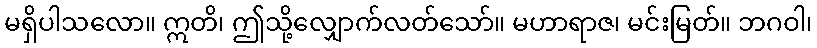
မရှိပါသလော။ ဣတိ၊ ဤသို့လျှောက်လတ်သော်။ မဟာရာဇ၊ မင်းမြတ်။ ဘဂဝါ၊